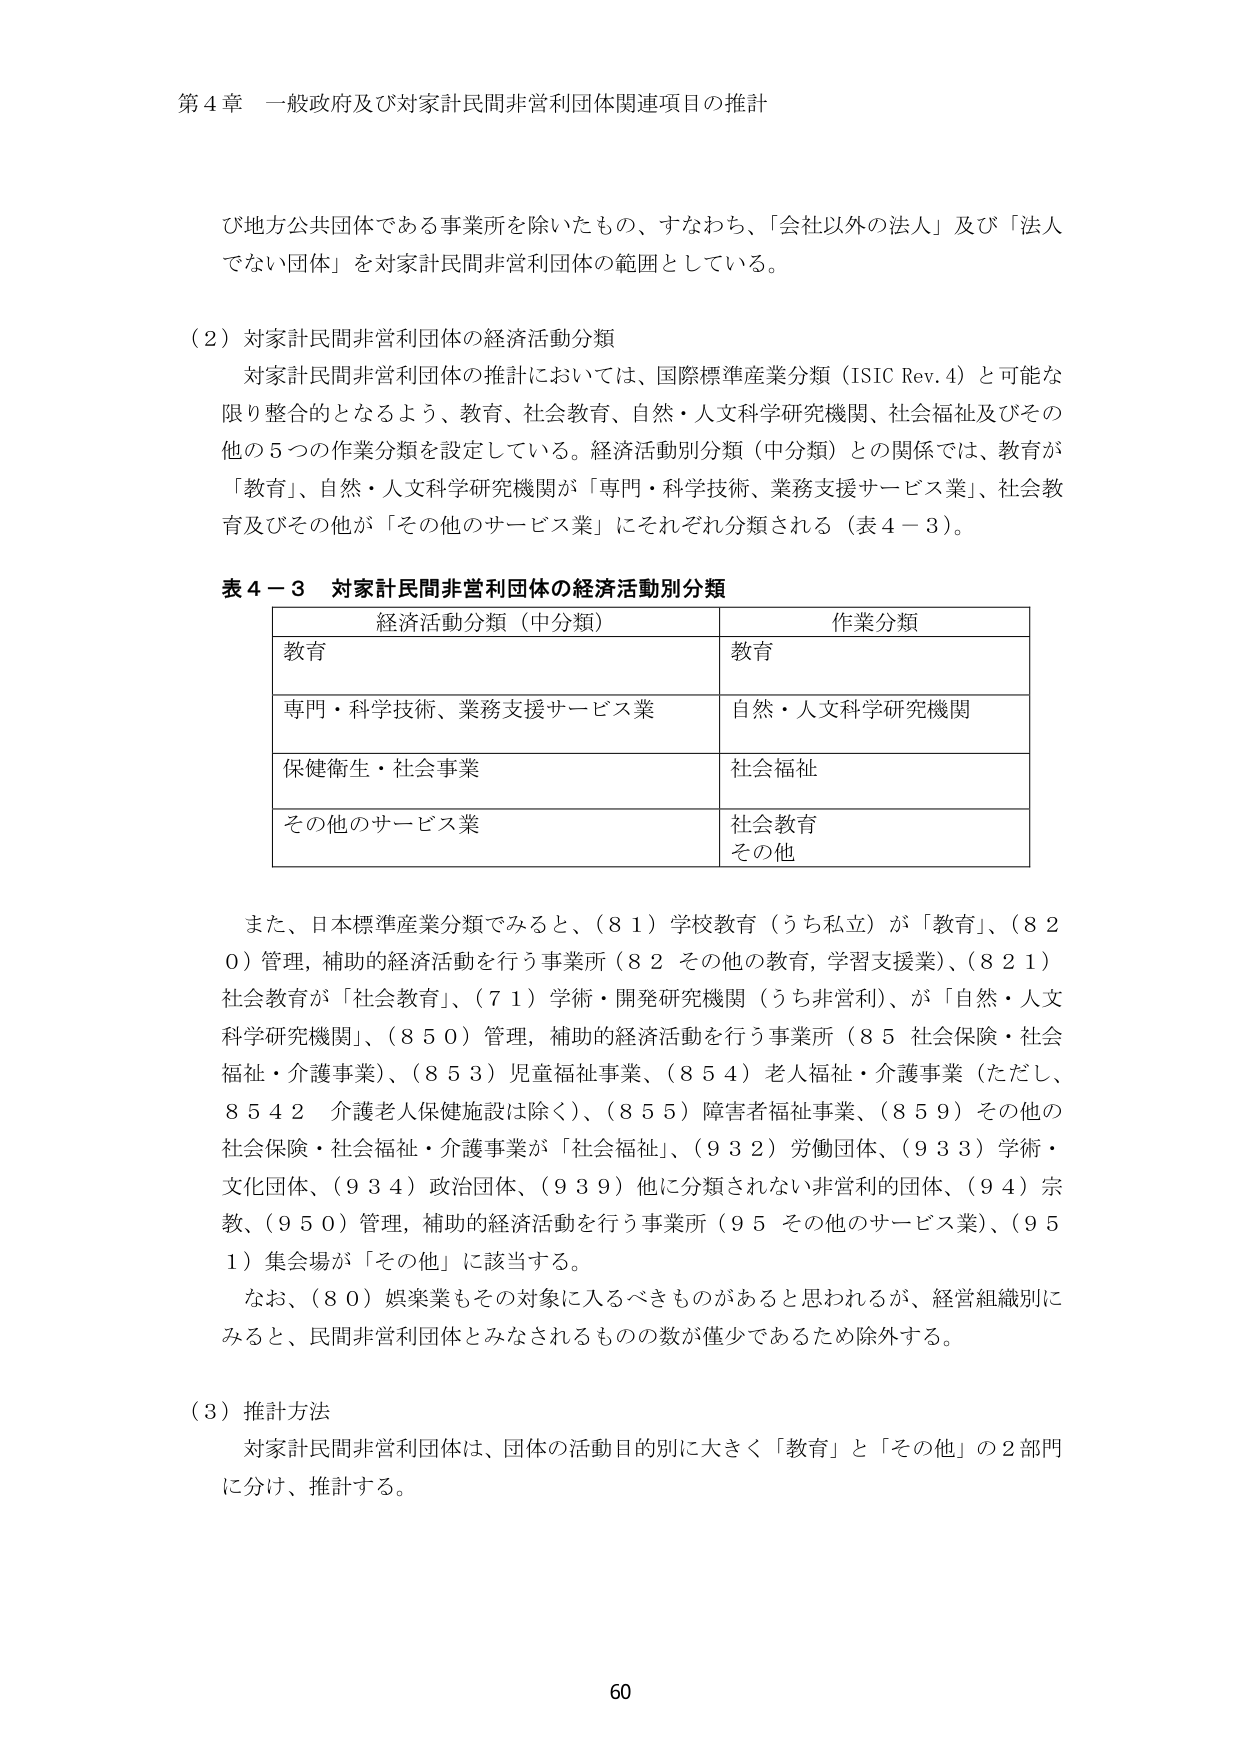
第４章 一般政府及び対家計民間非営利団体関連項目の推計

び地方公共団体である事業所を除いたもの、すなわち、「会社以外の法人」及び「法人でない団体」を対家計民間非営利団体の範囲としている。

（２）対家計民間非営利団体の経済活動分類
対家計民間非営利団体の推計においては、国際標準産業分類（ISIC Rev. 4）と可能な限り整合のとなるよう、教育、社会教育、自然・人文科学研究機関、社会福祉及びその他の５つの作業分類を設定している。経済活動別分類（中分類）との関係では、教育が「教育」、自然・人文科学研究機関が「専門・科学技術、業務支援サービス業」、社会教育及びその他が「その他のサービス業」にそれぞれ分類される（表４－３）。

表４－３ 対家計民間非営利団体の経済活動別分類
経済活動分類（中分類）　　　　　　　　　　　作業分類
教育　　　　　　　　　　　　　　　　　　　　教育
専門・科学技術、業務支援サービス業　　　　自然・人文科学研究機関
保健衛生・社会事業　　　　　　　　　　　　社会福祉
その他のサービス業　　　　　　　　　　　　社会教育
　　　　　　　　　　　　　　　　　　　　　その他

また、日本標準産業分類でみると、（８１）学校教育（うち私立）が「教育」、（８２０）管理，補助的経済活動を行う事業所（８２ その他の教育，学習支援業）、（８２１）社会教育が「社会教育」、（７１）学術・開発研究機関（うち非営利）、が「自然・人文科学研究機関」、（８５０）管理，補助的経済活動を行う事業所（８５ 社会保険・社会福祉・介護事業）、（８５３）児童福祉事業、（８５４）老人福祉・介護事業（ただし、８５４２ 介護老人保健施設は除く）、（８５５）障害者福祉事業、（８５９）その他の社会保険・社会福祉・介護事業が「社会福祉」、（９３２）労働団体、（９３３）学術・文化団体、（９３４）政治団体、（９３９）他に分類されない非営利的団体、（９４）宗教、（９５０）管理，補助的経済活動を行う事業所（９５ その他のサービス業）、（９５１）集会場が「その他」に該当する。
なお、（８０）娯楽業もその対象に入るべきものがあると思われるが、経営組織別にみると、民間非営利団体とみなされるものの数が僅少であるため除外する。

（３）推計方法
対家計民間非営利団体は、団体の活動目的別に大きく「教育」と「その他」の２部門に分け、推計する。

60